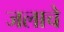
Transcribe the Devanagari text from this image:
जलाचे